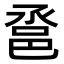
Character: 𨚡